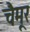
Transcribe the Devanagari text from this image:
चैमूर